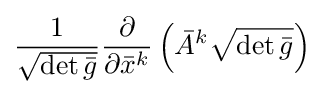
{\frac {1}{\sqrt {\det {\bar {g}}}}}{\frac {\partial }{\partial {\bar {x}}^{k}}}\left({\bar {A}}^{k}{\sqrt {\det {\bar {g}}}}\right)